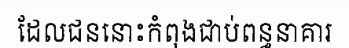
ដែលជននោះកំពុងជាប់ពន្ធនាគារ